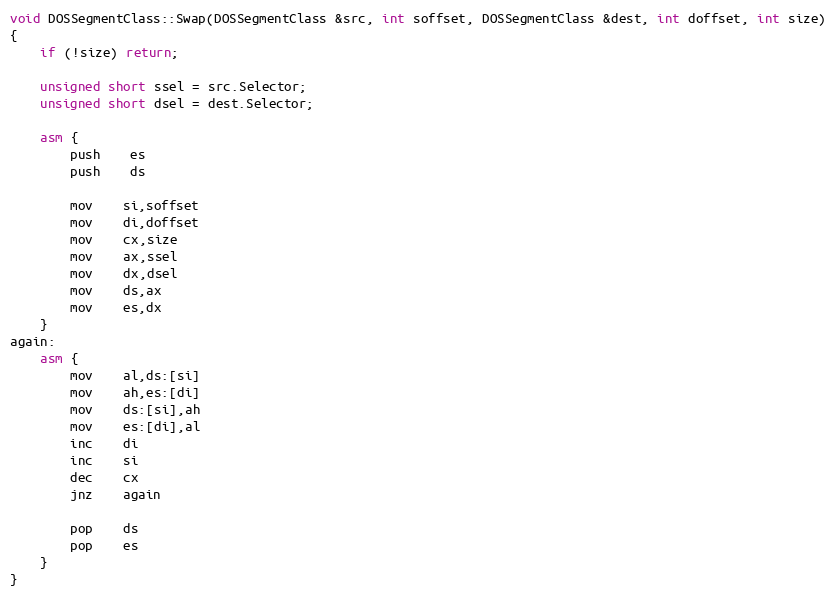
Language: C++
void DOSSegmentClass::Swap(DOSSegmentClass &src, int soffset, DOSSegmentClass &dest, int doffset, int size)
{
	if (!size) return;

	unsigned short ssel = src.Selector;
	unsigned short dsel = dest.Selector;

	asm {
		push	es
		push	ds

		mov	si,soffset
		mov	di,doffset
		mov	cx,size
		mov	ax,ssel
		mov	dx,dsel
		mov	ds,ax
		mov	es,dx
	}
again:
	asm {
		mov	al,ds:[si]
		mov	ah,es:[di]
		mov	ds:[si],ah
		mov	es:[di],al
		inc	di
		inc	si
		dec	cx
		jnz	again

		pop	ds
		pop	es
	}
}